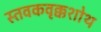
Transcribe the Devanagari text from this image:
स्तवकवृक्कशोथ